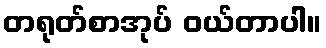
တရုတ်စာအုပ် ဝယ်တာပါ။